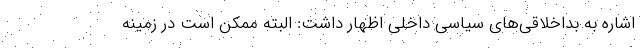
اشاره به بداخلاقی‌های سیاسی داخلی اظهار داشت: البته ممکن است در زمینه